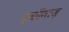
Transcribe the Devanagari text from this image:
स्कीमाज़